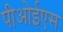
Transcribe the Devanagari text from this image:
पीओईएस